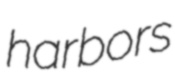
harbors